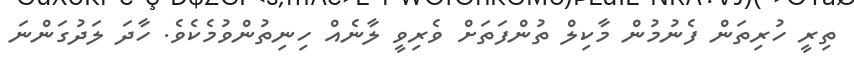
ތިރީ ހުރިތަން ފެނުމުން މާކިލް ތުންފަތަށް ވެރިވީ ލާނެއް ހިނިތުންވުމެކެވެ. ހާދަ ލަދުގަންނަ